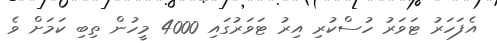
އެފަހަރު ޓަވަރު ހުސްކުރި އިރު ޓަވަރުގައި 4000 މީހުން ތިބި ކަމަށް ވެ